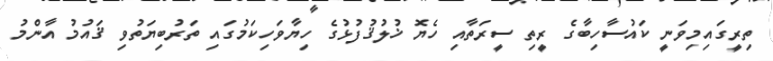
ތިރީގައިމިވަނީ ކައުސާހިބާގެ ރީތި ސީރަތާއި ހެޔޮ ޚުލުޤުފުޅުގެ ހިޔާވަހިކަމުގައި ތަރުބިޔަތުވި ޤައުމު އާންމު